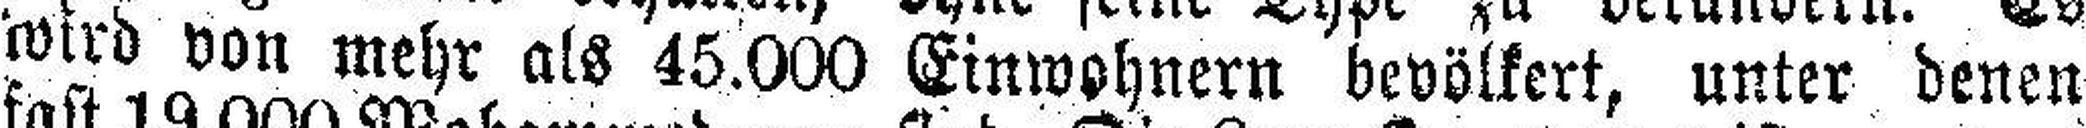
Wird von mehr als 45.000 Einwohnern bevölkert, unter denen